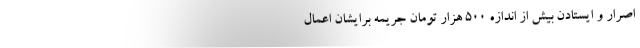
اصرار و ایستادن بیش از اندازه ۵۰۰ هزار تومان جریمه برایشان اعمال